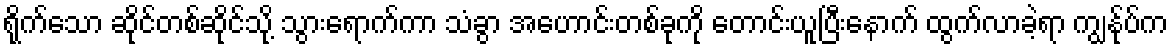
ရိုက်သော ဆိုင်တစ်ဆိုင်သို့ သွားရောက်ကာ သံခွာ အဟောင်းတစ်ခုကို တောင်းယူပြီးနောက် ထွက်လာခဲ့ရာ ကျွန်ုပ်က